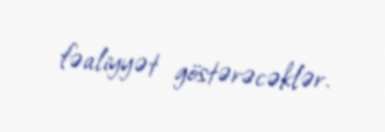
fəaliyyət göstərəcəklər.